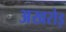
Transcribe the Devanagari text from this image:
अखरोड़